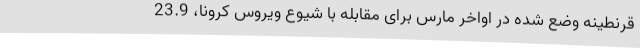
قرنطینه وضع شده در اواخر مارس برای مقابله با شیوع ویروس کرونا، 23.9